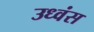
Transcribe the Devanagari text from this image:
उध्वंस